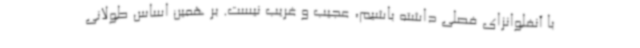
با آنفلوانزای فصلی داشته باشیم، عجیب و غریب نیست. بر همین اساس طولانی